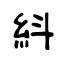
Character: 紏